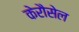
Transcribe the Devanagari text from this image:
केरौसेल